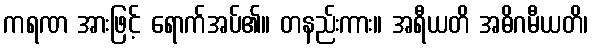
ကရဏ အားဖြင့် ရောက်အပ်၏။ တနည်းကား။ အရီယတိ အဓိဂမီယတိ၊